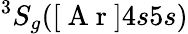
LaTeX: ^3S_{g}([\mathrm{~A~r~}]4s5s)